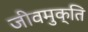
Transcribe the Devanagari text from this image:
जीवमुक्ति